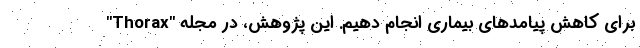
برای کاهش پیامدهای بیماری انجام دهیم. این پژوهش، در مجله "Thorax"